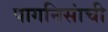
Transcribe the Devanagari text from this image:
पागनिसांची